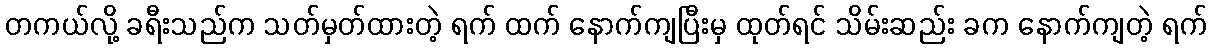
တကယ်လို့ ခရီးသည်က သတ်မှတ်ထားတဲ့ ရက် ထက် နောက်ကျပြီးမှ ထုတ်ရင် သိမ်းဆည်း ခက နောက်ကျတဲ့ ရက်